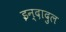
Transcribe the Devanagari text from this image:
इन्दादुल